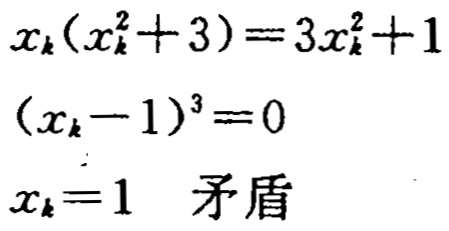
\[

\begin{align*}

x_{k}(x_{k}^{2}+3)&=3x_{k}^{2}+1\\

(x_{k}-1)^{3}&=0\\

x_{k}=1\quad &矛盾

\end{align*}

\]